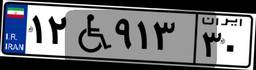
۱۲W۹۱۳۳۰